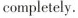
completely.